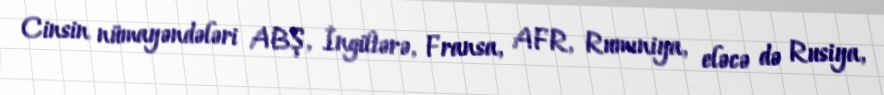
Cinsin nümayəndələri ABŞ, İngiltərə, Fransa, AFR, Rumıniya, eləcə də Rusiya,